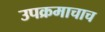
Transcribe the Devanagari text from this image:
उपक्रमाचाच